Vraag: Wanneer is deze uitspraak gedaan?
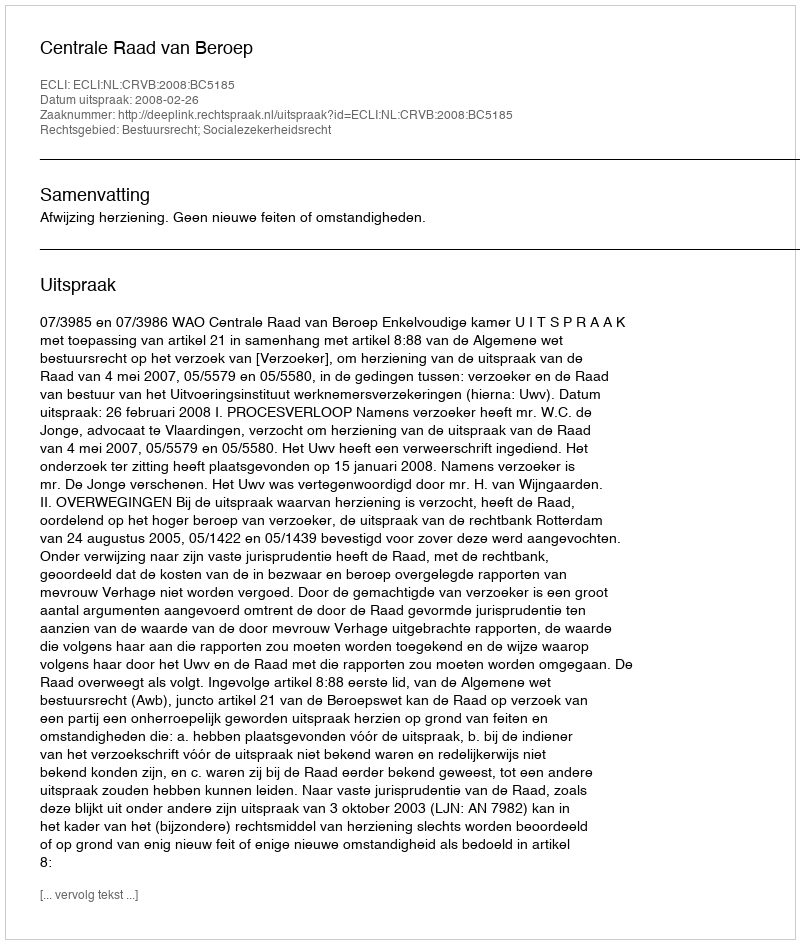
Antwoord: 2008-02-26